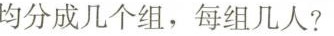
均分成几个组，每组几人?